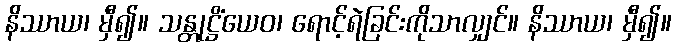
နိဿာယ၊ မှီ၍။ သန္တုဋ္ဌိံယေဝ၊ ရောင့်ရဲခြင်းကိုသာလျှင်။ နိဿာယ၊ မှီ၍။